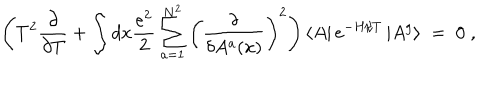
\left( T ^ { 2 } \frac { \partial } { \partial T } + \int d x \frac { e ^ { 2 } } { 2 } \sum _ { a = 1 } ^ { N ^ { 2 } } \left( \frac { \delta } { \delta A ^ { a } ( x ) } \right) ^ { 2 } \right) \left< A \right| e ^ { - H / T } \left| A ^ { g } \right> \; = \; 0 \; ,